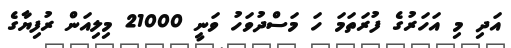
އަދި މި އަހަރުގެ ފުރަތަމަ ހަ މަސްދުވަހު ވަނީ 21000 މިލިއަން ރުފިޔާގެ